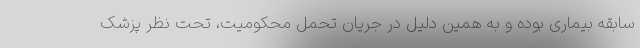
سابقه بیماری بوده و به همین دلیل در جریان تحمل محکومیت، تحت نظر پزشک